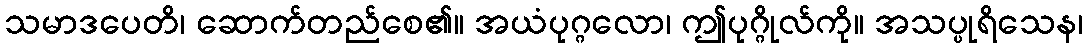
သမာဒပေတိ၊ ဆောက်တည်စေ၏။ အယံပုဂ္ဂလော၊ ဤပုဂ္ဂိုလ်ကို။ အသပ္ပုရိသေန၊